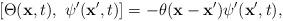
LaTeX: \begin{align*}\left[\Theta({\bf x}, t), ~\psi'({\bf x}', t)\right]=-\theta({\bf x}-{\bf x}')\psi'({\bf x}',t),\end{align*}